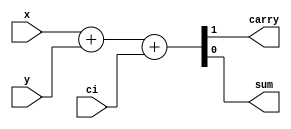
`timescale 1ns / 1ps
//////////////////////////////////////////////////////////////////////////////////
// Company: 
// Engineer: 
// 
// Design Name: 
// Module Name: FullAdder
// Project Name: 
// Target Devices: 
// Tool Versions: 
// Description: 
// 
// Dependencies: 
// 
// Revision:
// Revision 0.01 - File Created
// Additional Comments:
// 
//////////////////////////////////////////////////////////////////////////////////


module FullAdder(
input x,y,
input ci,
output carry,
output sum // carry and sum 
    );
    assign {carry, sum} = x + y + ci;
endmodule